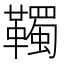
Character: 䪅